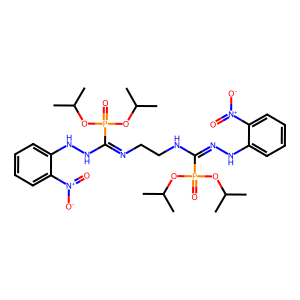
SMILES: CC(C)OP(=O)(OC(C)C)C(=NNc1ccccc1[N+](=O)[O-])NCCN=C(NNc1ccccc1[N+](=O)[O-])P(=O)(OC(C)C)OC(C)C
Inhibits HIV replication: No